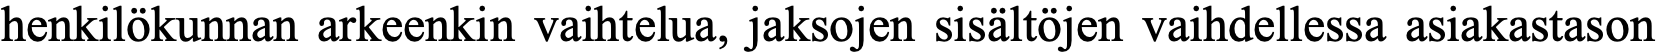
henkilökunnan arkeenkin vaihtelua, jaksojen sisältöjen vaihdellessa asiakastason